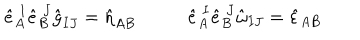
\hat { e } _ { A } ^ { \ I } \hat { e } _ { B } ^ { \ J } \hat { g } _ { I J } = \hat { \eta } _ { A B } \ \ \ \hat { e } _ { A } ^ { \ I } \hat { e } _ { B } ^ { \ J } \hat { \omega } _ { I J } = \hat { \varepsilon } _ { A B }